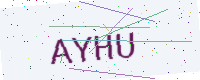
Text: AYHU